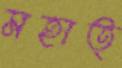
মহাত্